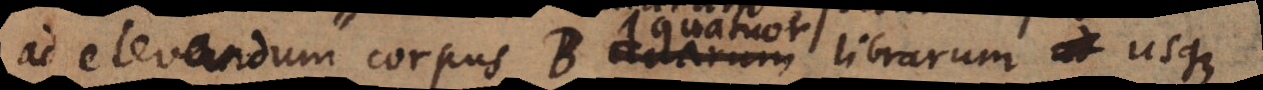
ad elevandum corpus B duarum librarum, usque